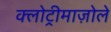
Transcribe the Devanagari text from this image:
क्लोट्रीमाज़ोले